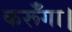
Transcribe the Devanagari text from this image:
कर्रूँगा।